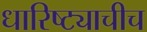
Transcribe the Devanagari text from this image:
धारिष्ट्याचीच